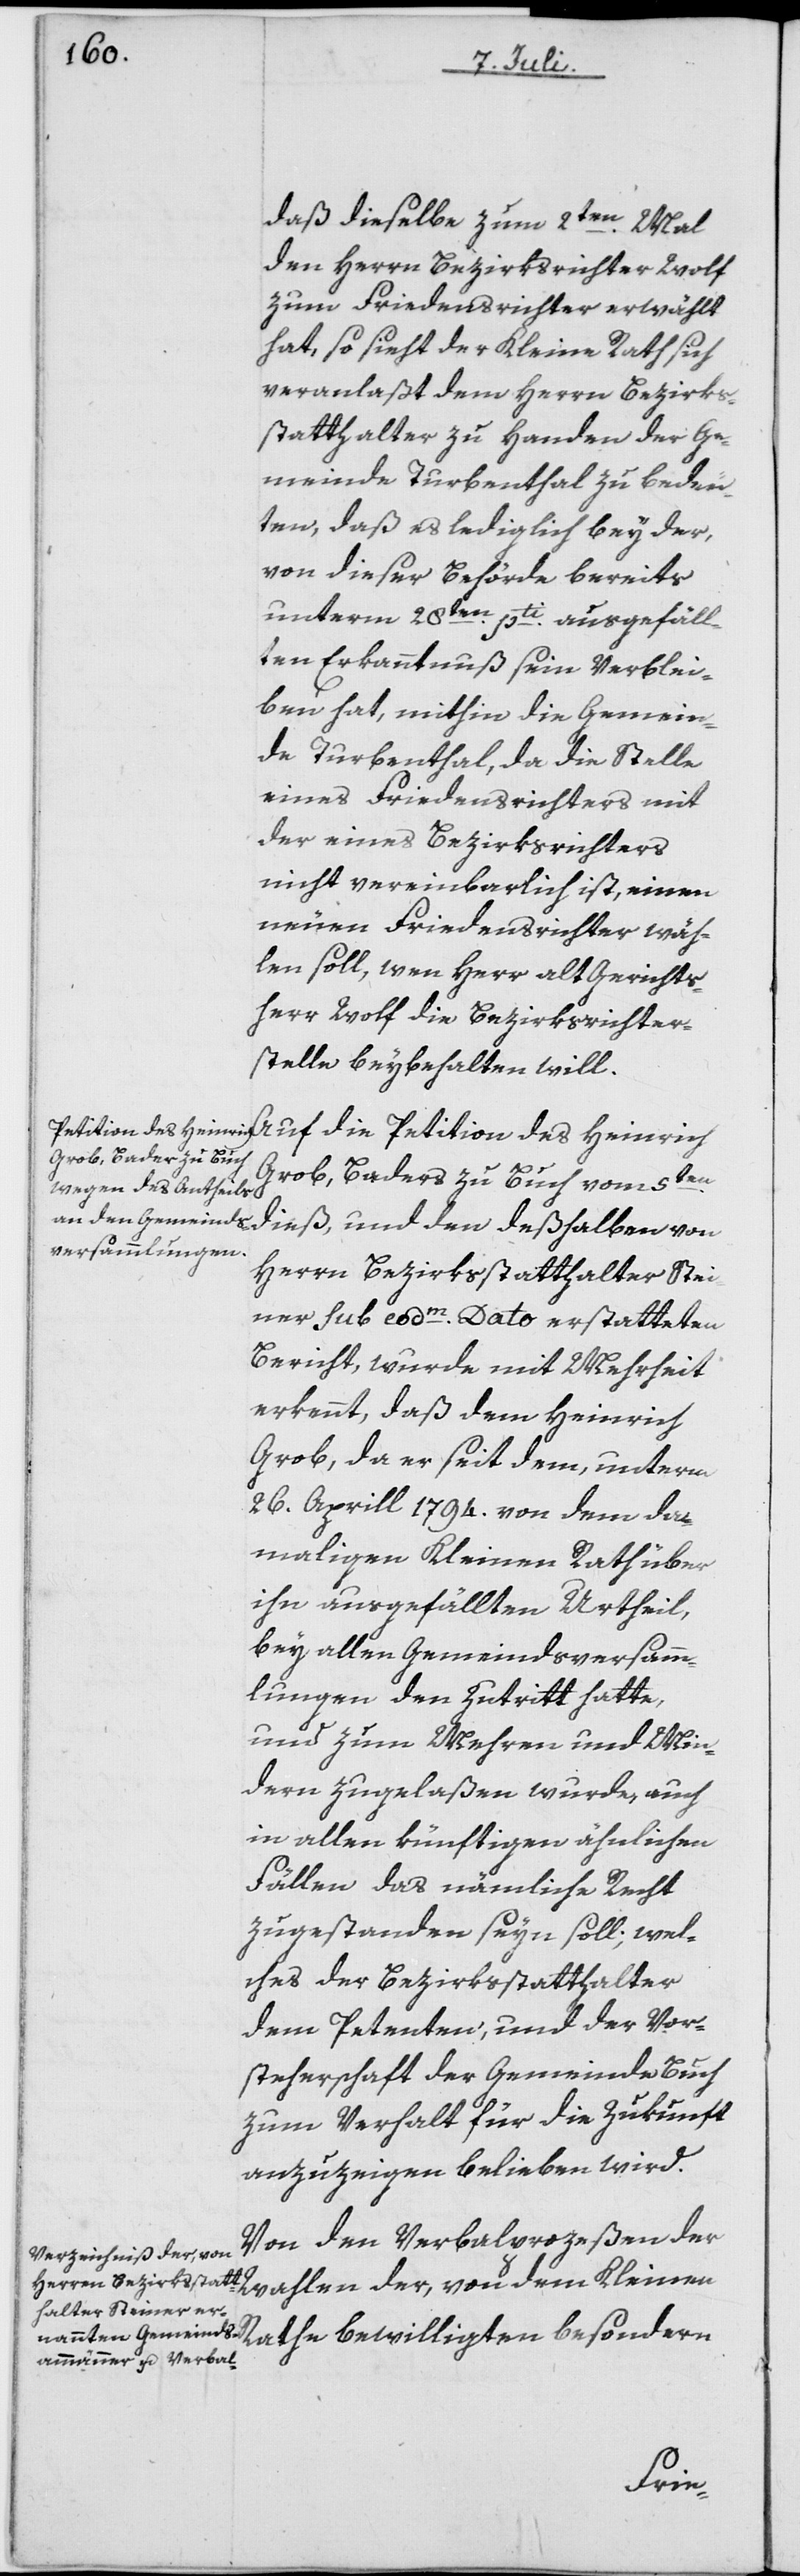
daß dieselbe zum 2ten Mal
den Herrn Bezirksrichter Wolf
zum Friedensrichter erwählt
hat, so sieht der Kleine Rath sich
veranlaßt dem Herrn Bezirks¬
statthalter zu Handen der Ge¬
meinde Turbenthal zu bedeu¬
ten, daß es lediglich bey der,
von dieser Behörde bereits
unterm 28ten pti ausgefäll¬
ten Erkanntnuß sein Verblei¬
ben hat, mithin die Gemein¬
de Turbenthal, da die Stelle
eines Friedensrichters mit
der eines Bezirksrichters
nicht vereinbarlich ist, einen
neuen Friedensrichter wäh¬
len soll, wen Herr alt Gerichts¬
herr Wolf die Bezirksrichter¬
stelle beybehalten will.
Petition des Heinrich Grob, Baders zu Buch vom 5ten di¬
eß, und den deßhalben von
Herrn Bezirksstatthalter Stei¬
ner sub eodm Dato erstatteten
Bericht, wurde mit Mehrheit
erkennt, daß dem Heinrich
Grob, da er seit dem, unterm
26. Aprill 1794. von dem da¬
maligen Kleinen Rath über
ihn ausgefällten Urtheil,
bei allen Gemeindsversamm¬
lungen den Zutritt hatte,
und zum Mehren und Min¬
dern zugelaßen wurde, auch
in allen künftigen ähnlichen
Fällen das nämliche Recht
zugestanden seyn soll; wel¬
ches der Bezirksstatthalter
dem Petenten, und der Vor¬
steherschaft der Gemeinde Buch
zum Verhalt für die Zukunft
anzuzeigen belieben wird.
Von den Verbalprozeßen der
Wahlen der, von dem Kleinen
Rathe bewilligten besondern